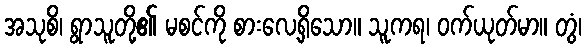
အသုစိ၊ ရွာသူတို့၏ မစင်ကို စားလေ့ရှိသော။ သူကရ၊ ဝက်ယုတ်မာ။ တွံ၊